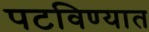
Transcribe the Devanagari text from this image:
पटविण्यात